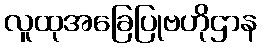
လူထုအခြေပြုဗဟိုဌာန